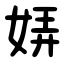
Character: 㛞